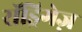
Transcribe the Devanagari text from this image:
रॉड्रिगेज़